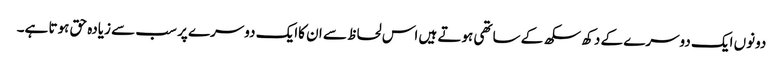
دونوں ایک دوسرے کے دکھ سکھ کے ساتھی ہوتے ہیں اس لحاظ سے ان کاایک دوسرے پر سب سے زیادہ حق ہوتا ہے۔